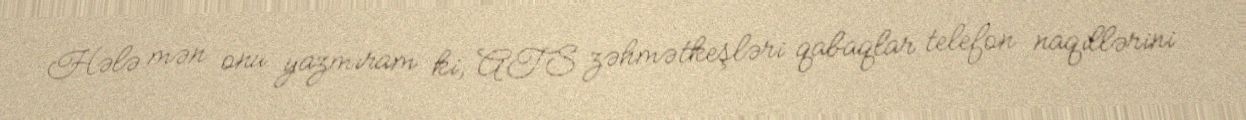
Hələ mən onu yazmıram ki, ATS zəhmətkeşləri qabaqlar telefon naqillərini